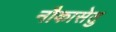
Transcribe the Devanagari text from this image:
नौकासेतु